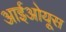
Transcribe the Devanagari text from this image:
आईओयूस